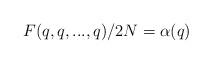
LaTeX: \begin{align*}F(q,q,...,q) / 2N = \alpha (q) \end{align*}